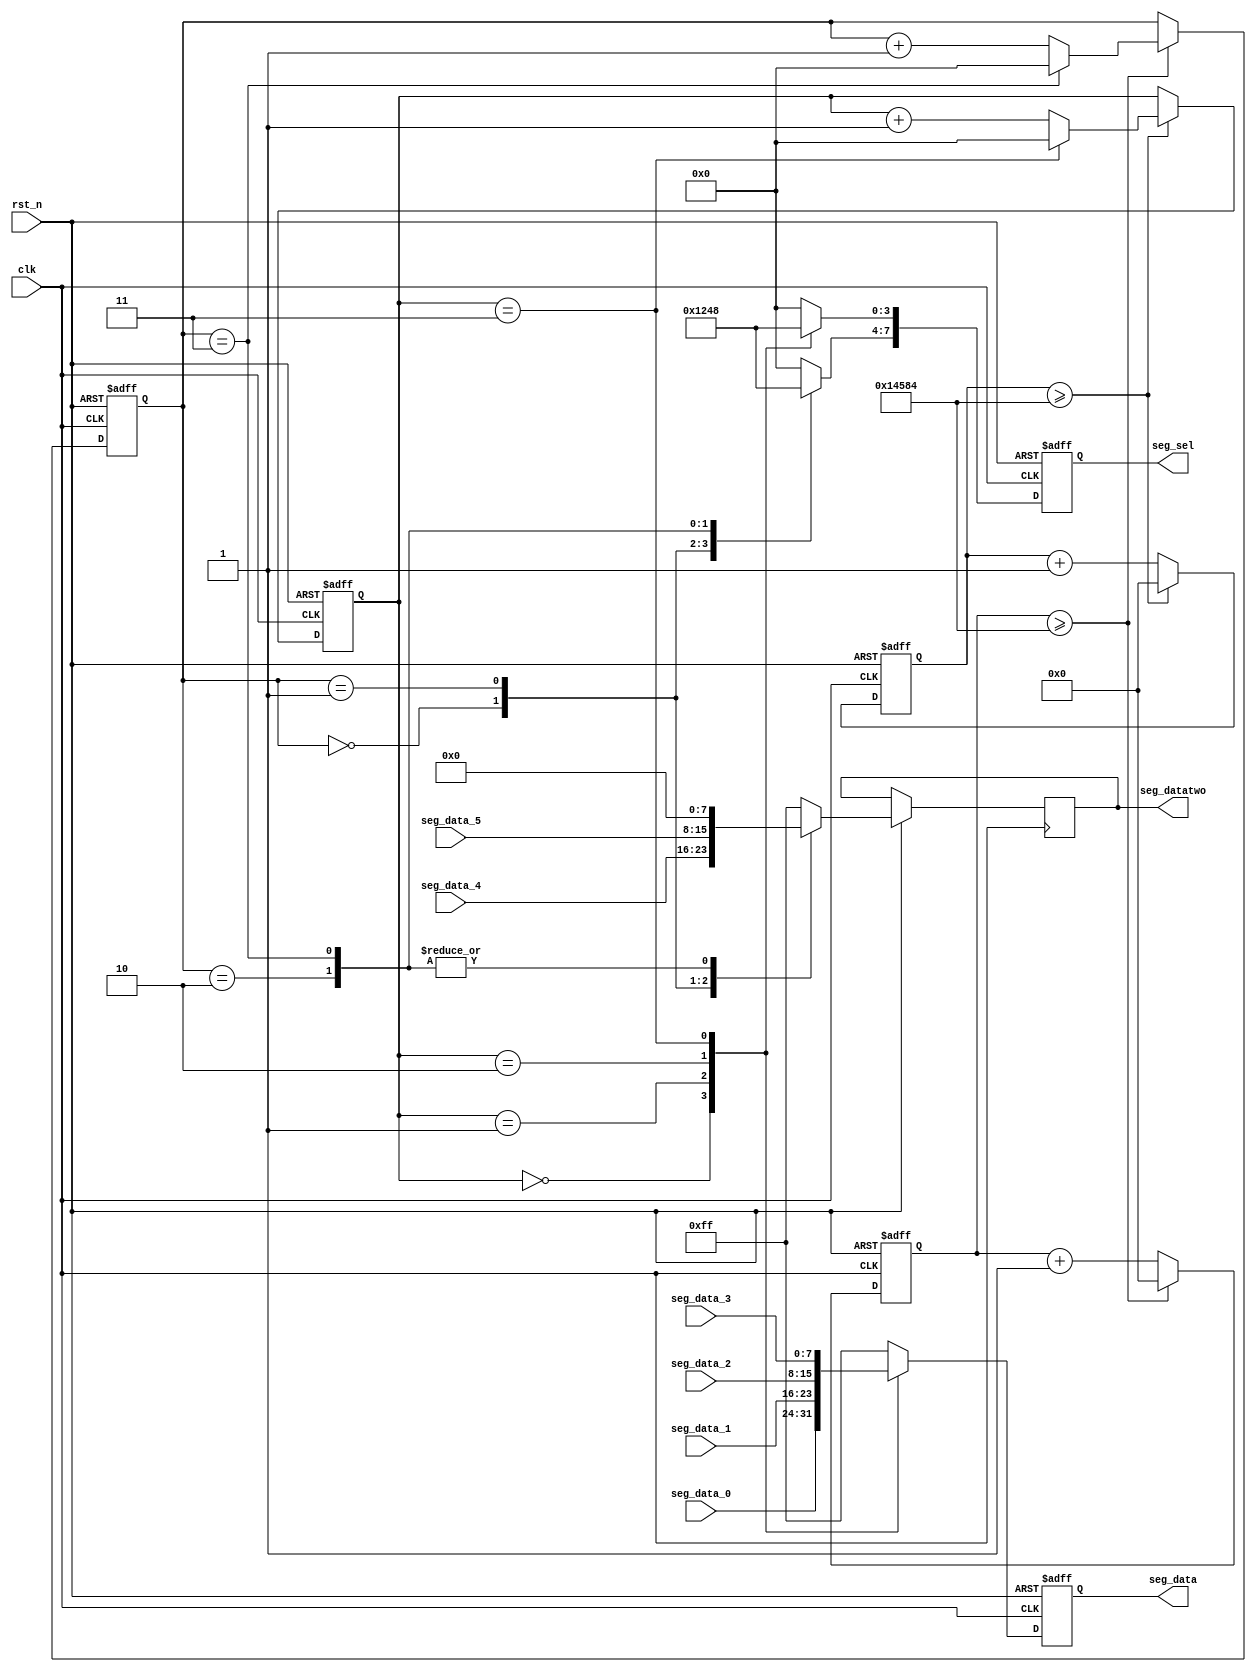

module seg_scan(
	input           clk,
	input           rst_n,
	output reg[7:0] seg_sel,      
	output reg[7:0] seg_data,     
	output reg[7:0] seg_datatwo,
	input[7:0]      seg_data_0,
	input[7:0]      seg_data_1,
	input[7:0]      seg_data_2,
	input[7:0]      seg_data_3,
	input[7:0]      seg_data_4,
	input[7:0]      seg_data_5
);
parameter SCAN_FREQ = 200;     
parameter CLK_FREQ = 100000000; 

parameter SCAN_COUNT = CLK_FREQ /(SCAN_FREQ * 6) - 1;

reg[31:0] scan_timer;  
reg[31:0] scan_timertwo;
reg[3:0] scan_sel;     
reg[3:0] scan_seltwo;
always@(posedge clk or negedge rst_n)
begin
	if(rst_n == 1'b0)
	begin
		scan_timer <= 32'd0;
		scan_sel <= 4'd0;
	end
	else if(scan_timer >= SCAN_COUNT)
	begin
		scan_timer <= 32'd0;
		if(scan_sel == 4'd3)
			scan_sel <= 4'd0;
		else
			scan_sel <= scan_sel + 4'd1;
	end
	else
		begin
			scan_timer <= scan_timer + 32'd1;
		end
end
always@(posedge clk or negedge rst_n)
begin
	if(rst_n == 1'b0)
	begin
		seg_sel <= 6'b000000;
		seg_data <= 8'hff;
	end
	else
	begin
		case(scan_sel)
			4'd0:
			begin
				seg_sel[3:0] <= 4'b0001;
				seg_data <= seg_data_0;
			end
			4'd1:
			begin
				seg_sel[3:0] <= 4'b0010;
				seg_data <= seg_data_1;
			end
			4'd2:
			begin
				seg_sel[3:0] <= 4'b0100;
				seg_data <= seg_data_2;
			end
			4'd3:
			begin
				seg_sel[3:0] <= 4'b1000;
				seg_data <= seg_data_3;
			end

			default:
			begin
				seg_sel[3:0] <= 4'b0000;
				seg_data <= 8'hff;
			end
		endcase
		
		case(scan_seltwo)
            4'd0:
            begin
                seg_sel[7:4] <= 4'b0001;
                seg_datatwo <= seg_data_4;
            end
            4'd1:
            begin
                seg_sel[7:4] <= 4'b0010;
                seg_datatwo <= seg_data_5;
            end
            4'd2:
            begin
                seg_sel[7:4] <= 4'b0100;
                seg_datatwo <= 0;
            end
            4'd3:
            begin
                seg_sel[7:4] <= 4'b1000;
                seg_datatwo <= 0;
            end
			default:
            begin
                seg_sel[7:4] <= 4'b0000;
                seg_datatwo <= 8'hff;
            end	
            endcase
    end
end

always@(posedge clk or negedge rst_n)
begin
	if(rst_n == 1'b0)
	begin
		scan_timertwo <= 32'd0;
		scan_seltwo <= 4'd0;
	end
	else if(scan_timertwo >= SCAN_COUNT)
	begin
		scan_timertwo <= 32'd0;
		if(scan_seltwo == 4'd3)
			scan_seltwo <= 4'd0;
		else
			scan_seltwo <= scan_seltwo + 4'd1;
	end
	else
		begin
			scan_timertwo <= scan_timertwo + 32'd1;
		end
end

endmodule